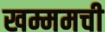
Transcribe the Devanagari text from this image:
खम्ममची